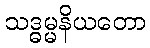
သဒ္ဓမ္မနိယတော